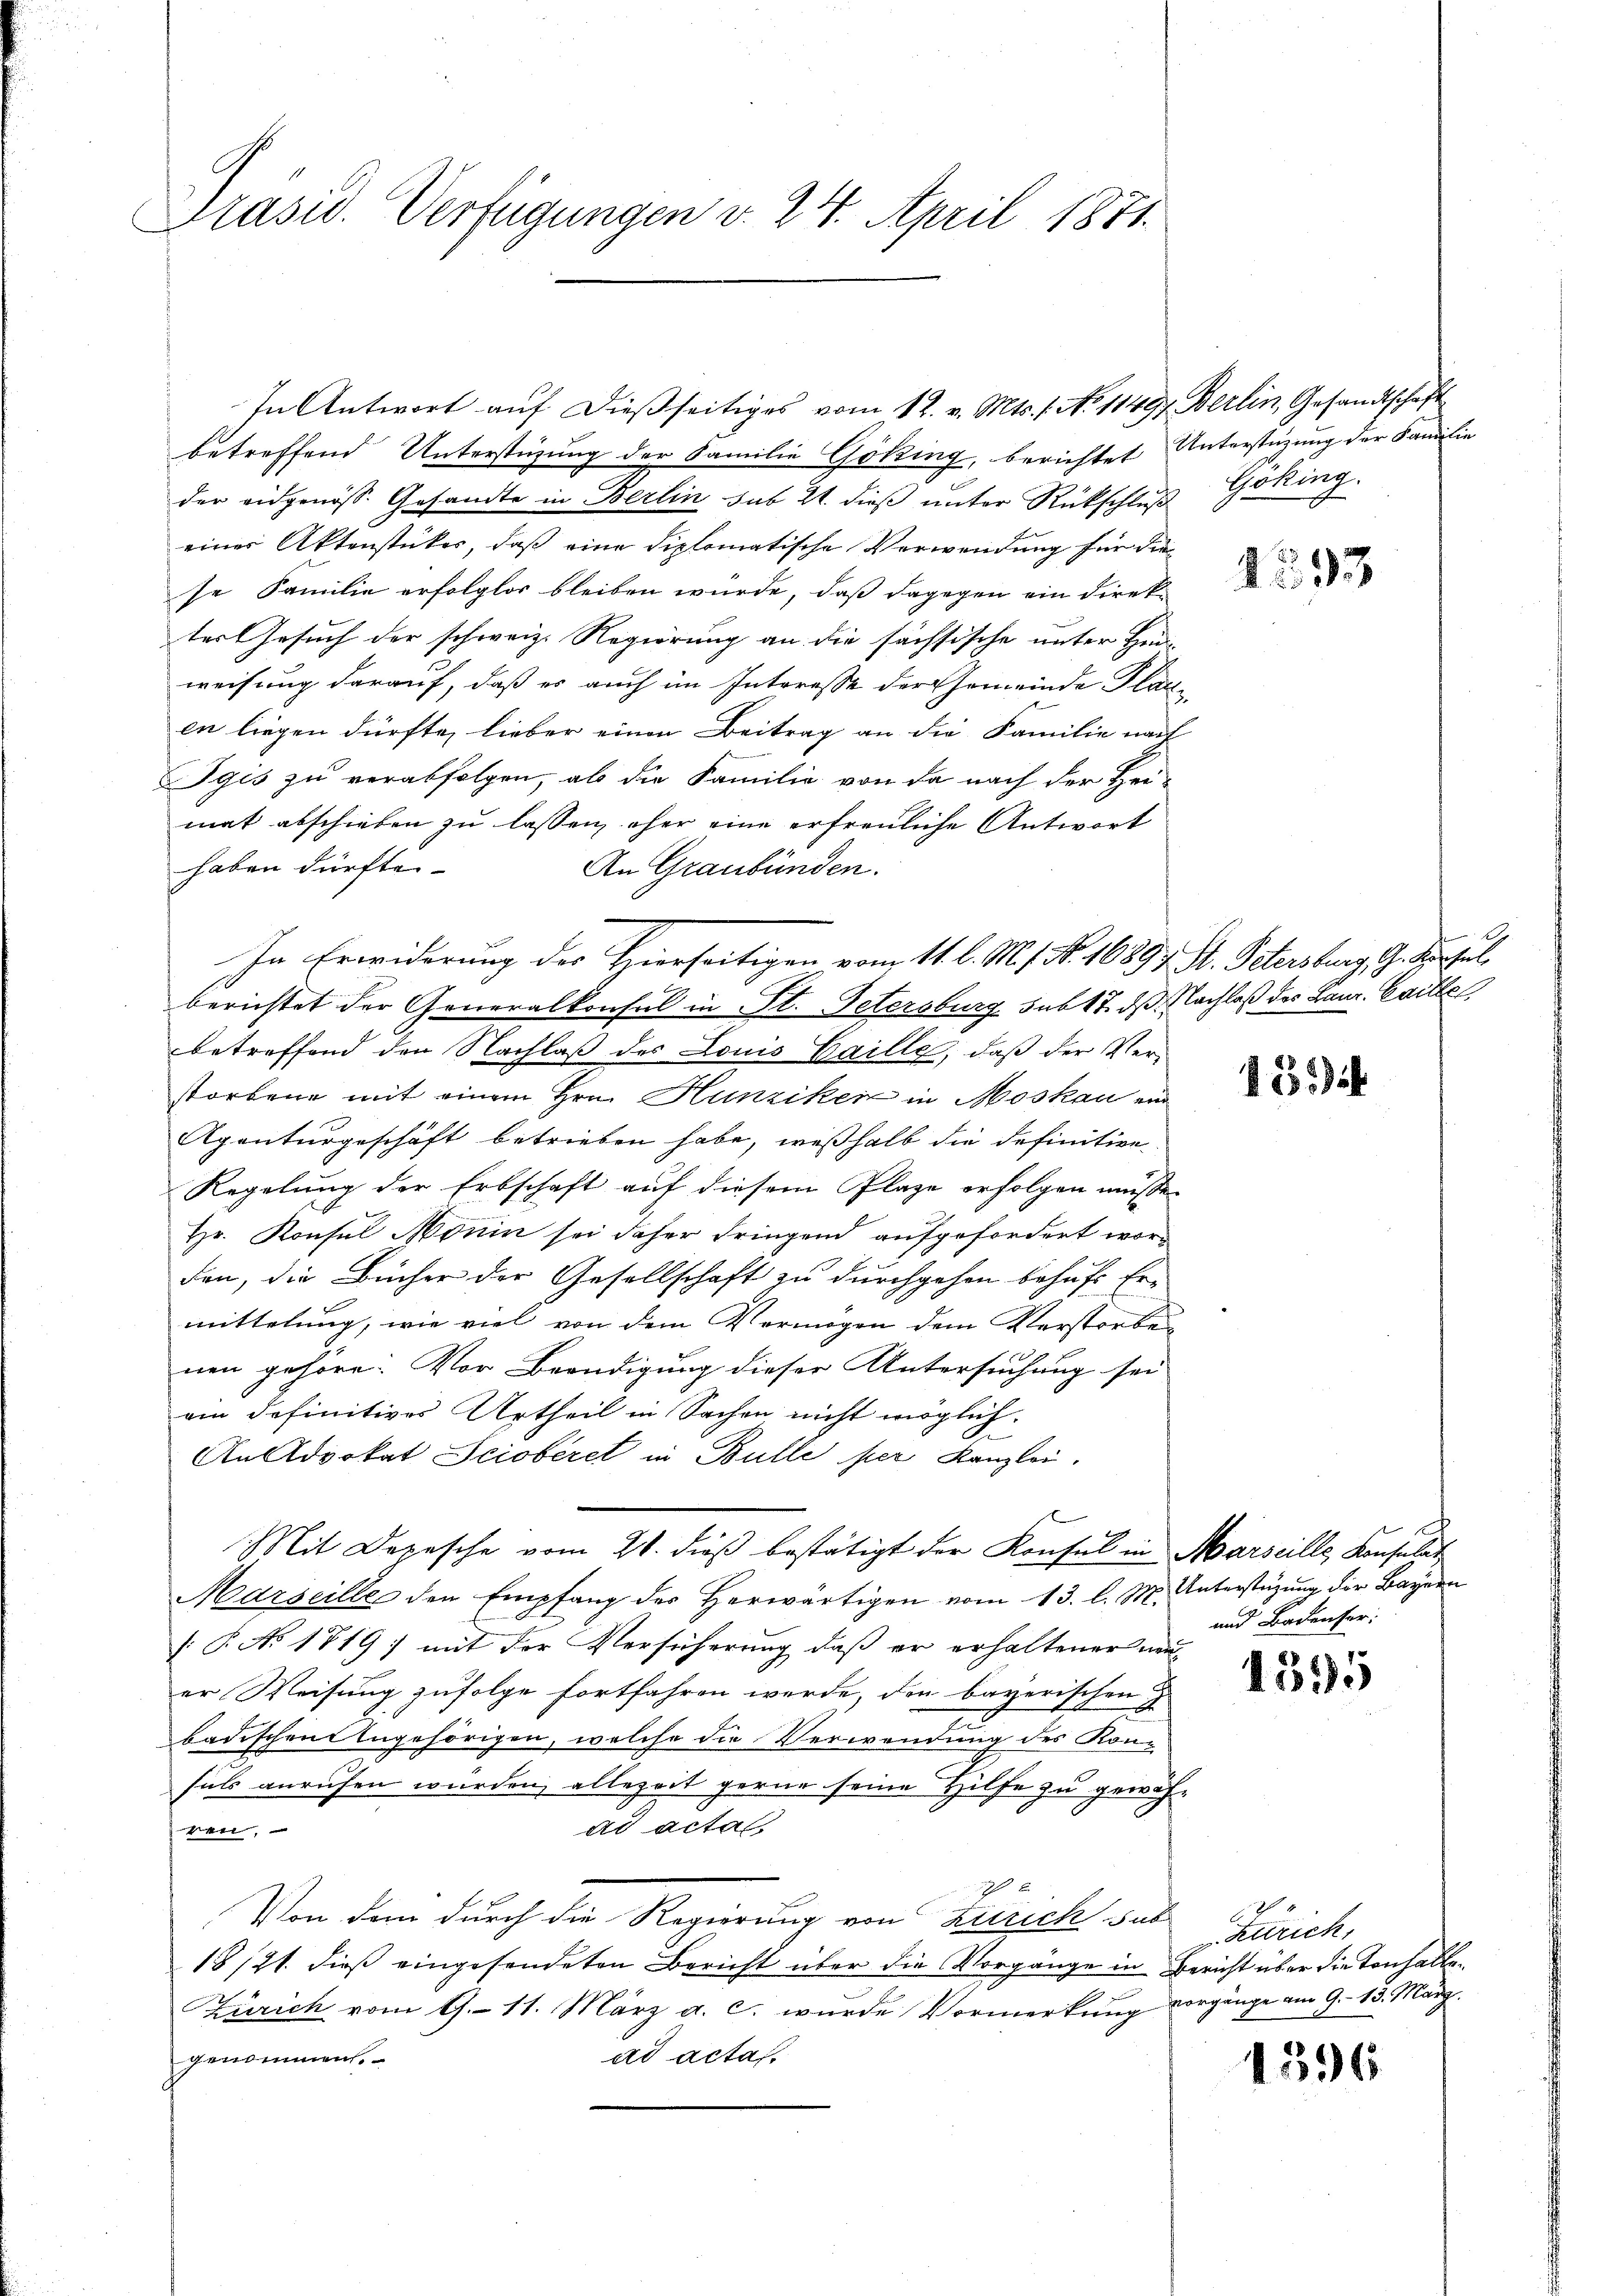
Präsid. Verfügungen v. 24. April 1871.

betreffend Unterstüzung der Familie Göking, berichtet Unterstüzung der Familie
der eidgenöss. Gesandte in Berlin sub 21. dieβ ŭnter Rückschluß Göking.
einer Aktenstücker, daß eine diplomatische Verwendung für diese Familie erfolglos bleiben würde, daß dagegen ein Direkter Gesuch der schweiz. Regierung an die sächsische unter Hen-
weisung darauf, daß es auch im Interesse der Gemeinde Plat
en liegen dürfte, lieber einen Beitrag an die Familie nach
Igis zu verabfolgen, als die Familie von da nach der Hei-
mat abschieben zu lassen, ohne eine erfreuliche Antwort
haben dürfte.
An Graubünden.
berichtet der Generalkonsul in St. Petersburg sub 17. dß. Nachlaß des Laur. Caille
betreffend den Nachlaß des Louis Caille, daß der Verstorbene mit einem Hrn. Hunziker in Moskau ein
Apenturgeschäft betrieben habe, weßhalb die definitive¬
Regelung der Erbschaft auf diesem Plaze erfolgen müsse.
Hr. Konsul Monin sei daher dringend aufgefordert worden, die Bücher der Gesellschaft zu durchgehen behufs Ermittelung, wie viel von dem Vermögen dem Verstorbe
nen gehöre: Vor Beendigung dieser Untersuchung sei
ain definitives Urtheil in Sachen nicht möglich.
An Advokat Scioberet in Bulle per Kanzlei.
Mit Depesche vom 24. dieß bestätigt der Konsul in Marseille Konsulat
Marseille den Empfang des herwärtigen vom 13. l. M. Unterstüzung der Bayern
 P. No 1719 mit der Versicherung, daß er erhaltener neuer Weisung zufolge fortfahren werde, den bayerischen
badischen Angehörigen, welche die Verwendung des Konsuls anrufen würden, allezeit gerne seine Hilfe zu gewähad acta
ken,

Von dem durch die Regierung von Zürich sub
18/21. dieß eingesendeten Bericht über die Vorgänge in Bericht über die Tonhalten
s
Zürich vom 9. 11. März a. c. wurde Vormerkung vorgänge am 9. 13. März.
genommen.
ad acta.

In Erwiderung der Hierseitigen vom 11. l. M. No. 16894. St. Petersburg, G. Schul

In Antwort auf dießseitiges vom 12. v. Mts. 1. No 11497. Berlin, Gesandtschaft

2.

2233

18 i

und Badenser:

1595

Zürich,

1396.